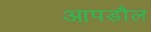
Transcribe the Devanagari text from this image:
आपडौल